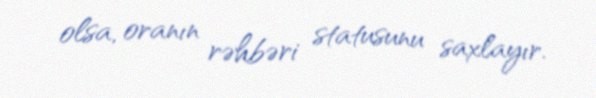
olsa, oranın rəhbəri statusunu saxlayır.